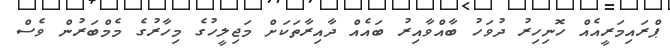
ޕްރައިމަރީއެއް ހޮނިހިރު ދުވަހު ބާއްވާއިރު ބައެއް ދާއިރާތަކަށް މަޖިލީހުގެ މިހާރުގެ މެމްބަރުން ވެސް